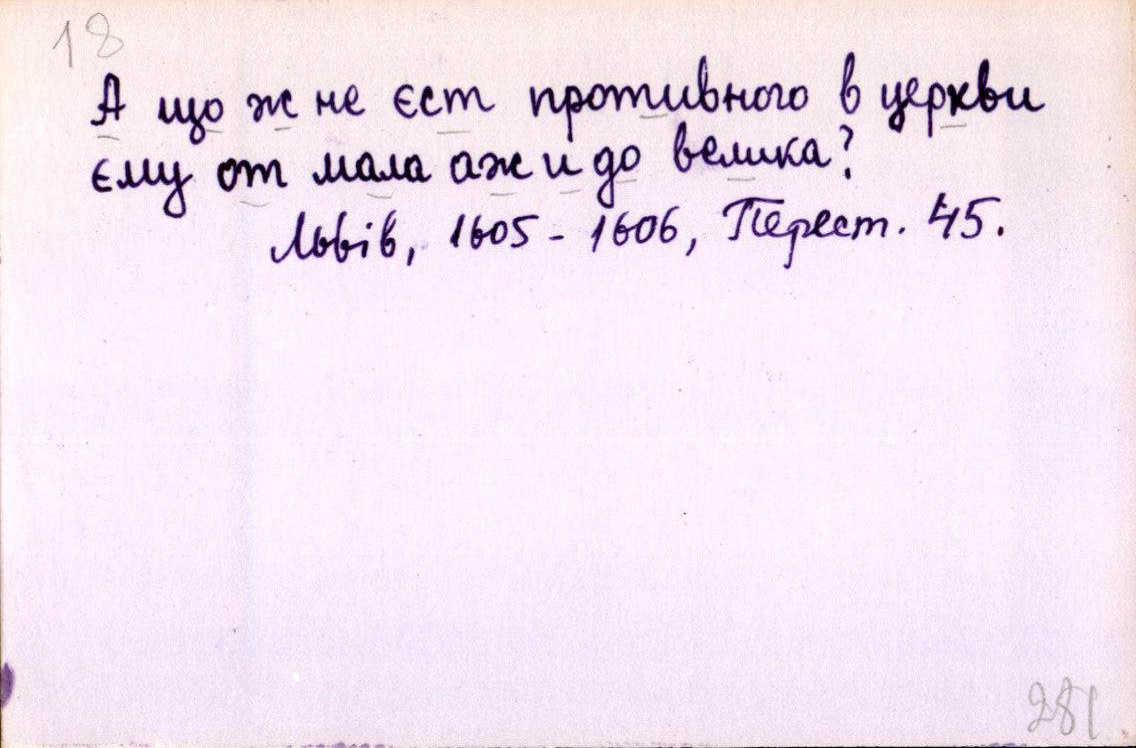
А що ж не єст противного в церкви
єму от мала аж и до велика?
Львів, 1605-1606, Перест. 45.